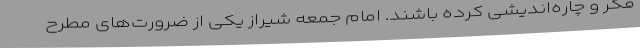
فکر و چاره‌اندیشی کرده باشند. امام جمعه شیراز یکی از ضرورت‌های مطرح